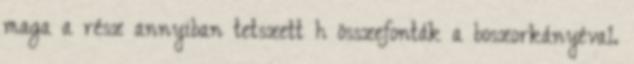
maga a rész annyiban tetszett h összefonták a boszorkányéval.